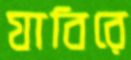
যাবিরে